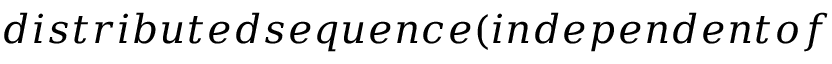
d i s t r i b u t e d s e q u e n c e ( i n d e p e n d e n t o f